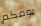
يومكم